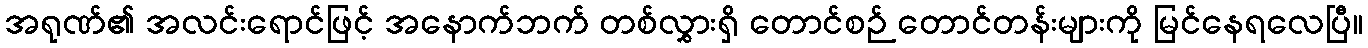
အရုဏ်၏ အလင်းရောင်ဖြင့် အနောက်ဘက် တစ်လွှားရှိ တောင်စဉ် တောင်တန်းများကို မြင်နေရလေပြီ။